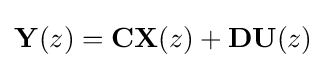
\mathbf {Y} (z)=\mathbf {C} \mathbf {X} (z)+\mathbf {D} \mathbf {U} (z)